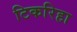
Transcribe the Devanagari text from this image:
टिकरिहा